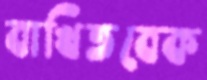
বাখিতবেক